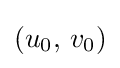
\textstyle (u_{0},\,v_{0})